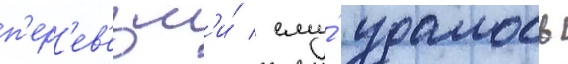
п'ер'ев'езл'и́ / ему́ удалось